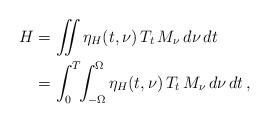
LaTeX: \begin{align*}H& = \int\!\!\!\!\int \eta_H(t,\nu)\,T_t\,M_\nu\,d\nu\,dt \\& = \int_0^T\!\!\int_{-\Omega}^{\Omega} \eta_H(t,\nu)\,T_t\,M_\nu\,d\nu\,dt\,,\end{align*}